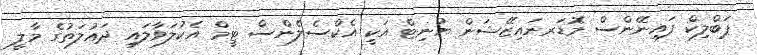
ޕަބްލިކް ފައިނޭންސް މޮޑަރނައިޒޭޝަން ޔުނިޓް އަކީ އެކްސެލެންސް ޓީމް އެކުލަވާލައި ދައުލަތުގެ މާލީ